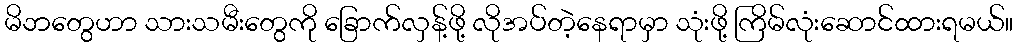
မိဘတွေဟာ သားသမီးတွေကို ခြောက်လှန့်ဖို့ လိုအပ်တဲ့နေရာမှာ သုံးဖို့ ကြိမ်လုံးဆောင်ထားရမယ်။